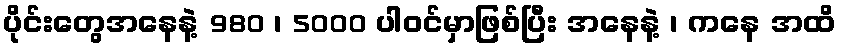
ပိုင်းတွေအနေနဲ့ 980 ၊ 5000 ပါဝင်မှာဖြစ်ပြီး အနေနဲ့ ၊ ကနေ အထိ